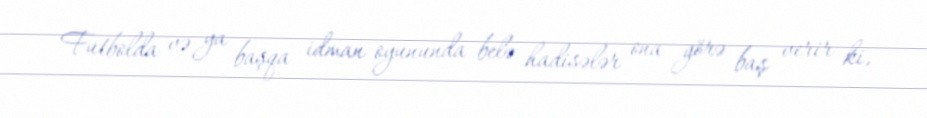
Futbolda və ya başqa idman oyununda belə hadisələr ona görə baş verir ki,